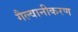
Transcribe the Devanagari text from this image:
गैल्वानीकरण